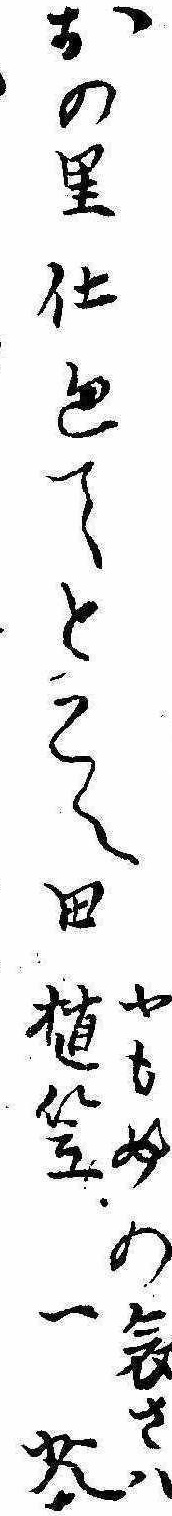
やもめの哀さはおの里仕廻てとこへ田植笠一茶